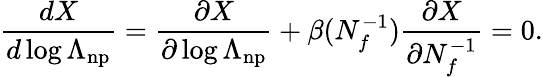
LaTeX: \frac{dX}{d\log\Lambda_{\mathrm{np}}}=\frac{\partial X}{\partial\log\Lambda_{\mathrm{np}}}+\beta(N_{f}^{-1})\frac{\partial X}{\partial N_{f}^{-1}}=0.